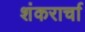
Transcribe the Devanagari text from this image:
शंकरार्चा